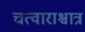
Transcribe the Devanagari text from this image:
चत्वाराश्चात्र